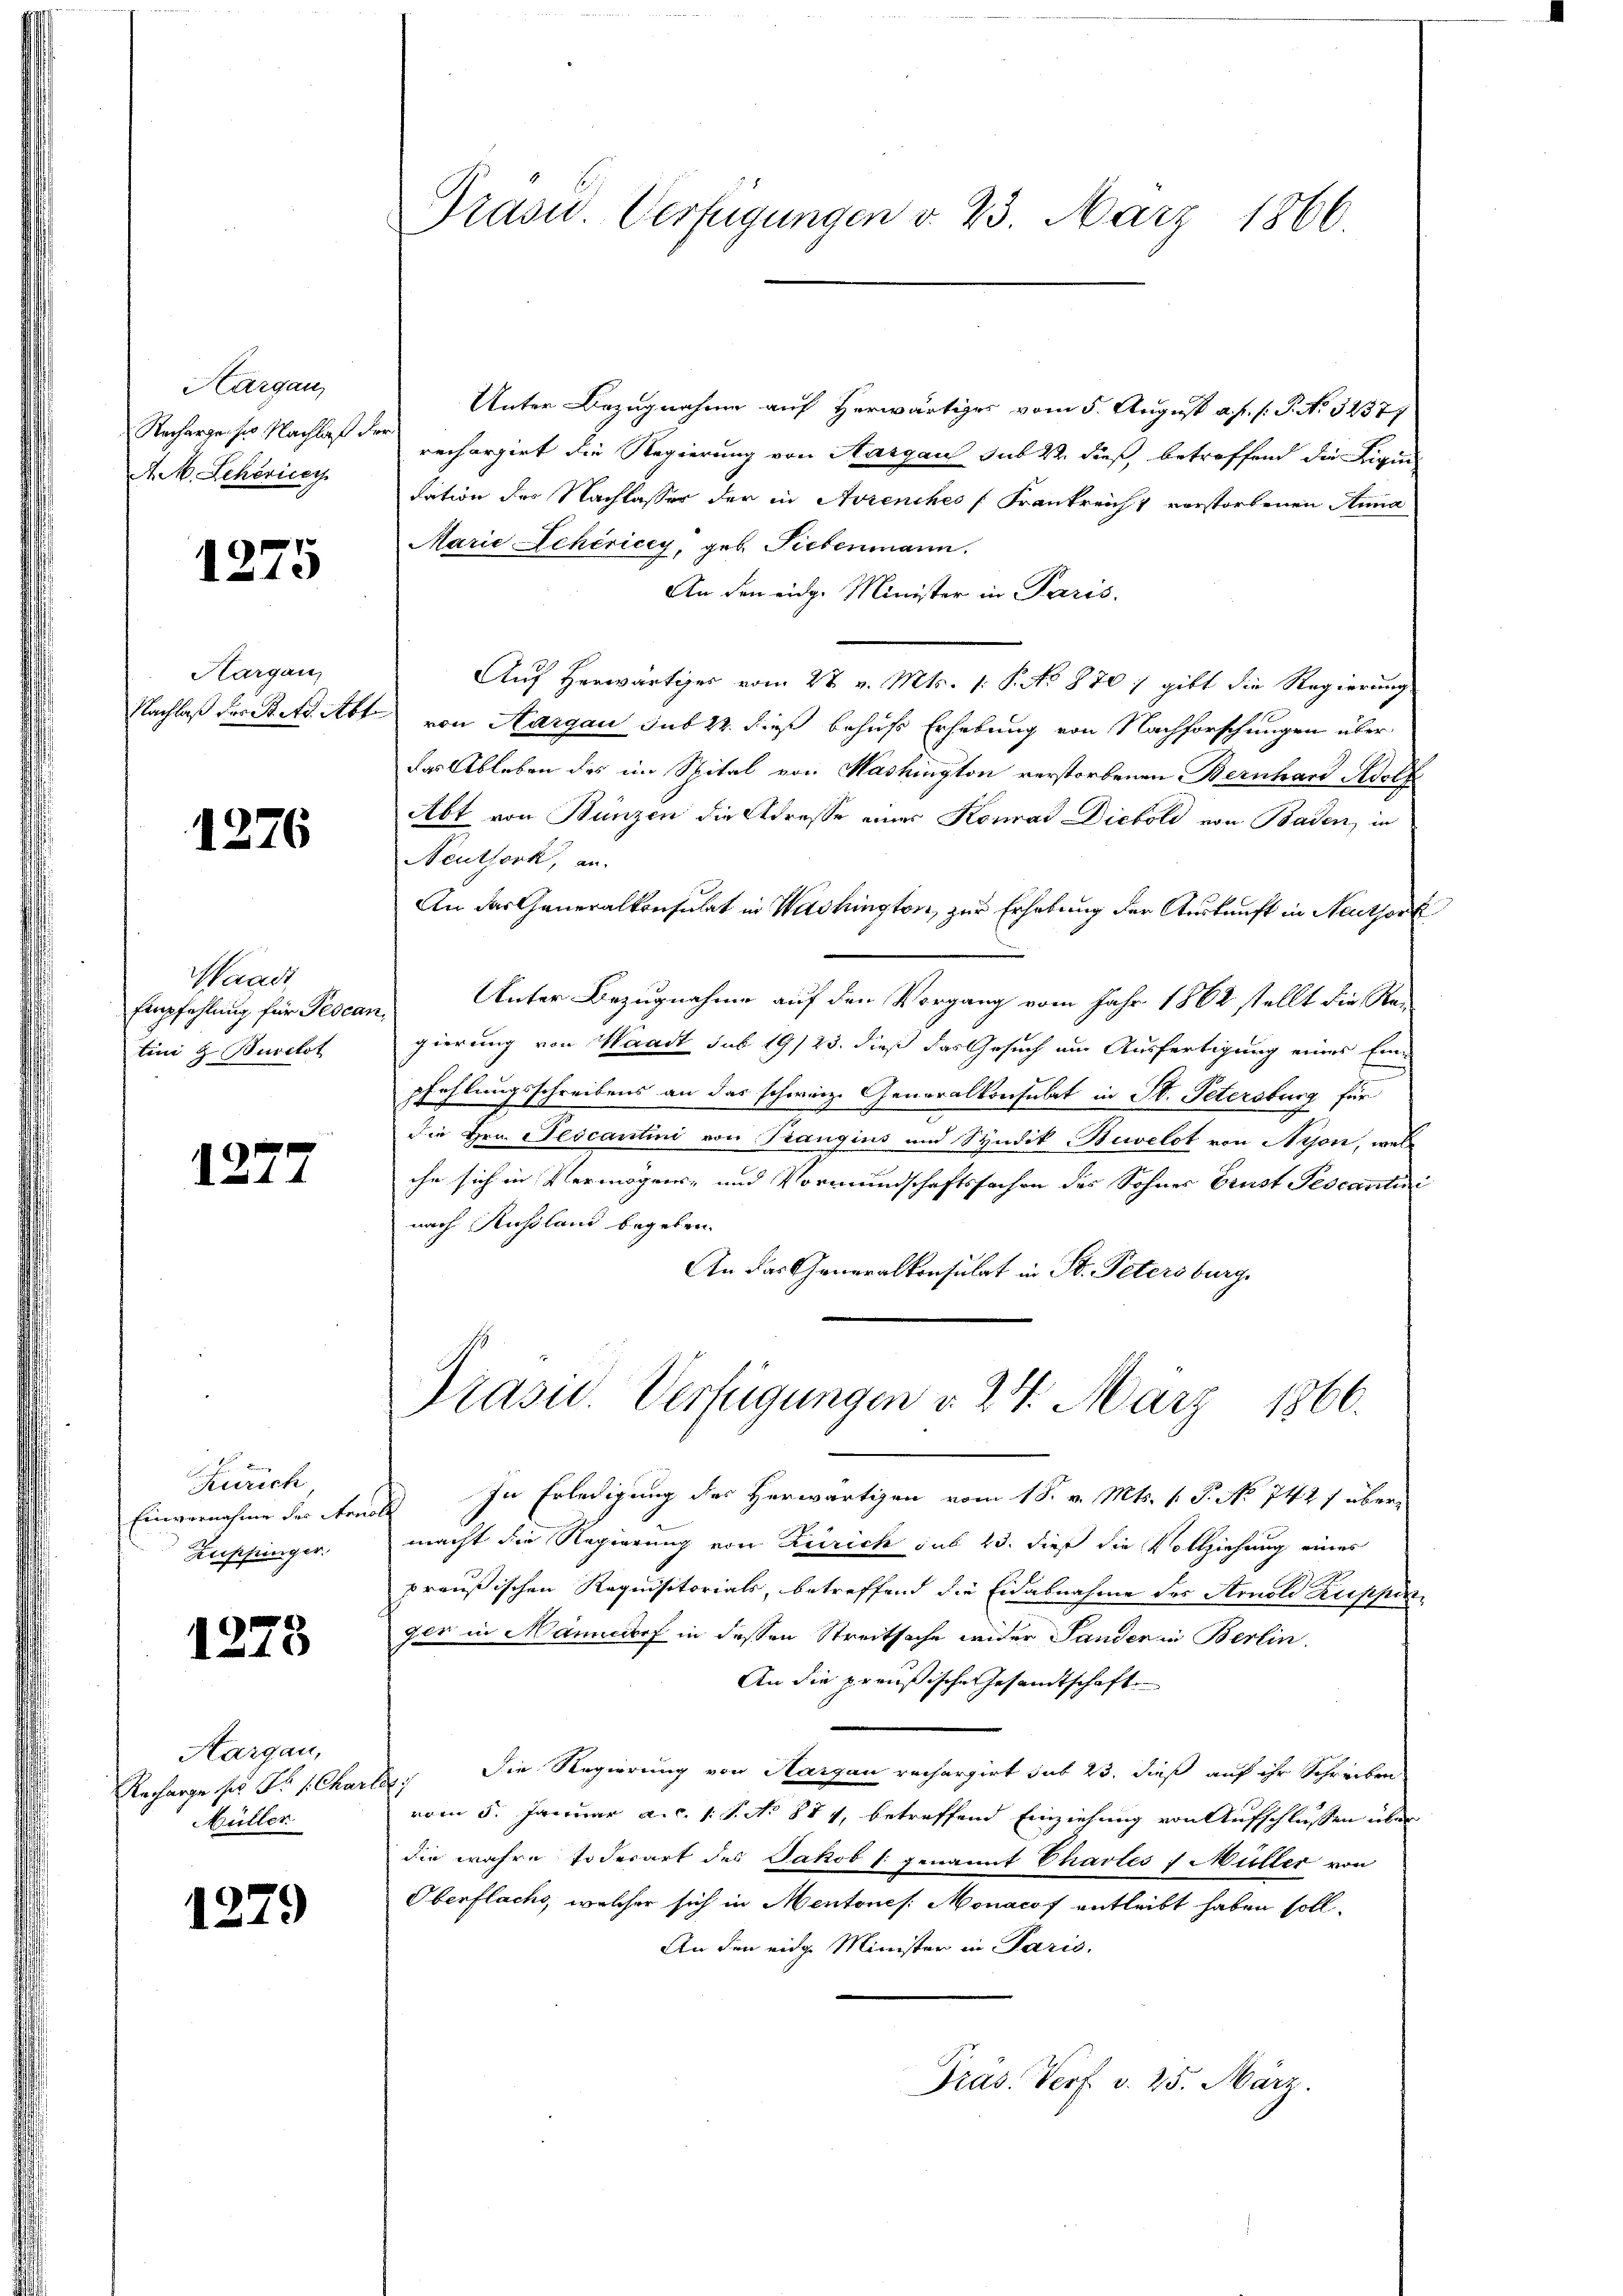
Aargau,
Rechargen sie Nachlaß de
A. M. Scheric

1275

Hargau,
Nachlaß der Bett. Abt

1276

Waadt
Empfehlung für Pescan
tini z. Burckst

1277

Zürich
Einvernahme der Reno
Zuppinger.

1273

Aargau,
Recharge ser Fr. 1. Char
Müller

1279

Präsid.. Verfügungen d. 23. März 1866

Unter Bezugnahme auf Herwärtiges vom 5. August a. f. 1: P. No. 32377
rechargirt die Regierung von Aargau sub 22 dieß betreffend die Rigin
dation des Nachlasser der in Arrenches (Frankreicht verstorbenen Anna
Marie Schiricey, geb. Siebenmann.
An den eidg. Minister in Paris.
Auf Herwärtiges vom 27. v. Mts. 1: P. No 870 :/ gibt die Regierung
von Aargau sub 22. dieß behufs Erhebung von Nachforschungen über
das Ableben des im Spital von Mashington verstorbenen Bernhard Adolf
Abt von Bunzen die Adresse eines Konrad Diebold von Baden, in
Neuthork, an.
An das Generalkonsulat in Washington, zur Erhebung der Auskunft in Neuthork
Unter Bezugnahme auf den Vorgang vom Jahr 1862 stellt die Regierung von Waadt sub 19/23. dieß das Gesuch um Ausfertigung eines Einpfehlungsschreibens an das schweiz. Generalkonsulat in St. Petersburg für
die Hrn. Pescantini von Trangins und Syndik Buvelot von Nyon, wel
ihn sich in Vermögens- und Vormundschaftssachen des Sohnes Ernst Tescantini
nach Russland begeben.
An das Generalkonsulat in St. Petersburg
Präsid. Verfügungen v. 24. März 1866.
) In Erledigung des Herwärtigen vom 18. v. Mts. v. P. No 742 f über-
macht die Regierung von Reirich sub 23. dieß die Vollziehung eines
preußischen Requisitorials, betreffend die Eidabnahme des Arnold Ruppinzer in Männedorf in dessen Streitsache wieder Sander in Berlin.
An die preußische Gesandtschaft
Die Regierung von Aargau rechargirt sub 23. dieß auf ihr Schreiben
c
vom 5. Januar a. c. 1 S. No 871, betreffend Einziehung von Aufschlussen über
die wahre Todesart des Jakob (genannt Chartes Müller von
Oberflachs, welcher sich in Mentones Monacof entleibt haben soll.
An den eidge Minister in Paris.
Präs. Verf. v. 25. März.